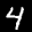
Label: 4